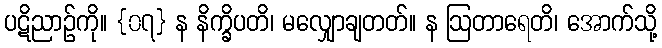
ပဋိညာဉ်ကို။ {၀၇} န နိက္ခိပတိ၊ မလျှောချတတ်။ န ဩတာရေတိ၊ အောက်သို့